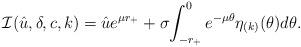
LaTeX: \begin{align*} \mathcal I(\hat u,\delta,c,k)= \hat{u} e^{\mu r_+} + \sigma\! \int_{-r_+}^{0} {e^{-\mu\theta}\eta_{(k)}(\theta)d\theta}.\end{align*}